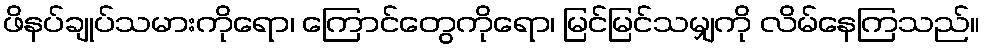
ဖိနပ်ချုပ်သမားကိုရော၊ ကြောင်တွေကိုရော၊ မြင်မြင်သမျှကို လိမ်နေကြသည်။